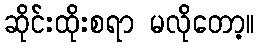
ဆိုင်းထိုးစရာ မလိုတော့။